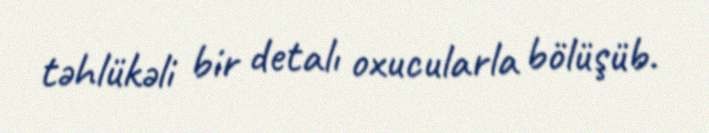
təhlükəli bir detalı oxucularla bölüşüb.